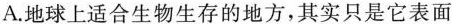
A. 地球上适合生物生存的地方，其实只是它表面